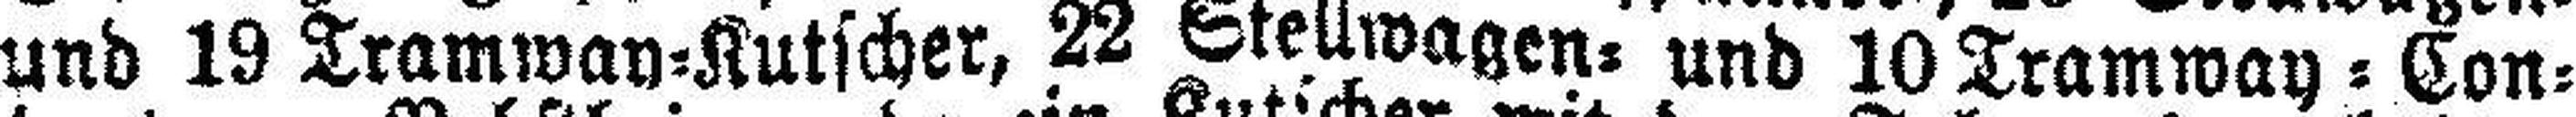
und 19 Tramway=Kutscher, 22 Stellwagen= und 10 Tramway=Con¬